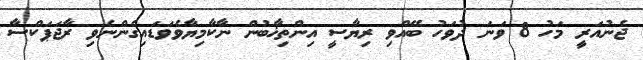
ޖެނުއަރީ މަހު 8 ވަނަ ދުވަހު ބޭއްވި ރިޔާސީ އިންތިޚާބުން ނާކާމިޔާވެވަޑައިގެންނެވި ރާޖަޕަކްސާ